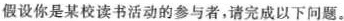
假设你是某校读书活动的参与者，请完成以下问题。